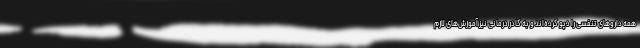
همه داروهای تنفسی را دپو کرده‌اند و به کادر درمانی نیز آموزش‌های لازم